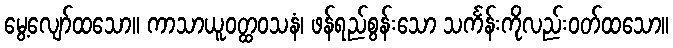
မွေ့လျော်ထသော။ ကာသာယူဝတ္ထဝသနံ၊ ဖန်ရည်စွန်းသော သင်္ကန်းကိုလည်းဝတ်ထသော။